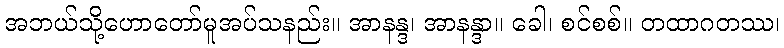
အဘယ်သို့ဟောတော်မူအပ်သနည်း။ အာနန္ဒ၊ အာနန္ဒာ။ ခေါ၊ စင်စစ်။ တထာဂတဿ၊